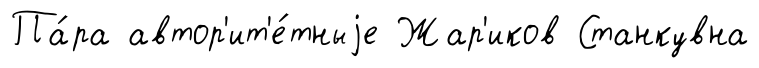
Па́ра автор'ит'е́тныjе Жар'иков Станкувна